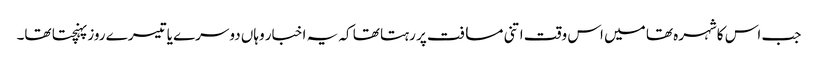
جب اس کاشہرہ تھا میں اس وقت اتنی مسافت پر رہتا تھا کہ یہ اخبار وہاں دوسرے یا تیسرے روز پہنچتا تھا۔